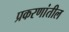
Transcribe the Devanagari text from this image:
प्रकरणांतील